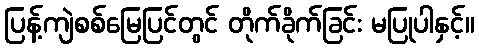
ပြန့်ကျဲစစ်မြေပြင်တွင် တိုက်ခိုက်ခြင်း မပြုပါနှင့်။